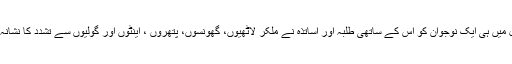
اس سال کے اوائل میں ہی ایک نوجوان کو اس کے ساتھی طلبہ اور اساتذہ نے ملکر لاٹھیوں، گھونسوں، پتھروں ، اینٹوں اور گولیوں سے تشدد کا نشانہ بنایا اور مار دیا۔